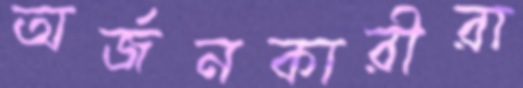
অর্জনকারীরা